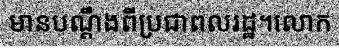
មានបណ្តឹងពីប្រជាពលរដ្ឋ។លោក